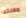
مهنتها